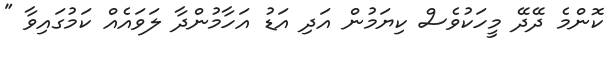
ކޮންމެ ދޭދޭ މީހަކުވެސް ކިޔަމުން އަދި އަޑު އަހާމުންދާ ލަވައެއް ކަމުގައިވާ "